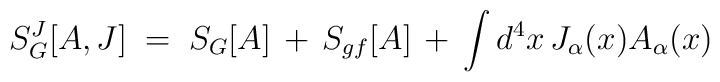
S_G^J[A,J] \;=\; S_G[A] \,+\,S_{gf}[A] \,+\, \int d^4x \, J_\alpha(x)A_\alpha (x)\,